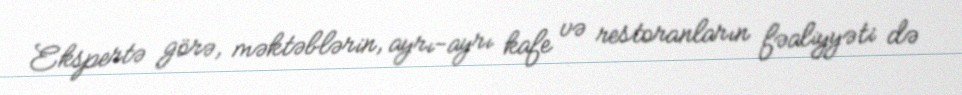
Ekspertə görə, məktəblərin, ayrı-ayrı kafe və restoranların fəaliyyəti də